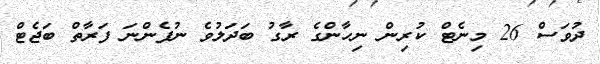
ދުވަސް 26 މިނެޓް ކުރިން ނިހާންގެ ރާގު ބަދަލުވެ ނުފެންނަ ފަރާތް ބަޖެޓް